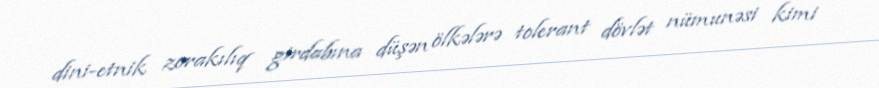
dini-etnik zorakılıq girdabına düşən ölkələrə tolerant dövlət nümunəsi kimi